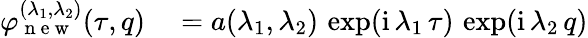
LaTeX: \begin{array}{rl}{\varphi_{\mathrm{~n~e~w~}}^{(\lambda_{1},\lambda_{2})}(\tau,q)}&{{}=a(\lambda_{1},\lambda_{2})\, \exp(\mathrm{i}\, \lambda_{1}\, \tau)\, \exp(\mathrm{i}\, \lambda_{2}\, q)}\end{array}